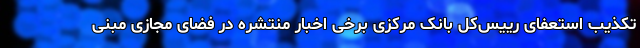
تکذیب استعفای رییس‌کل بانک مرکزی برخی اخبار منتشره در فضای مجازی مبنی